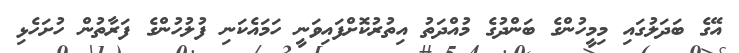
އޭގެ ބަދަލުގައި މިމީހުންގެ ބަންދުގެ މުއްދަތު އިތުރުކޮށްފައިވަނީ ހަމައެކަނި ފުލުހުންގެ ފަރާތުން ހުށަހެޅި